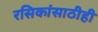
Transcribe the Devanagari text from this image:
रसिकांसाठीही